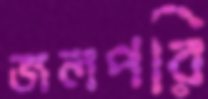
জলপরি